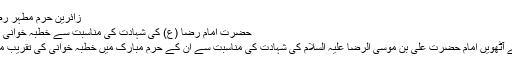
زائرین حرم مطہر رضوی (1)
حضرت امام رضا (ع) کی شہادت کی مناسبت سے خطبہ خوانی کی تقریب
شیعوں کے آٹھویں امام حضرت علی بن موسی الرضا علیہ السلام کی شہادت کی مناسبت سے ان کے حرم مبارک میں خطبہ خوانی کی تقریب منعقد ہوئی۔